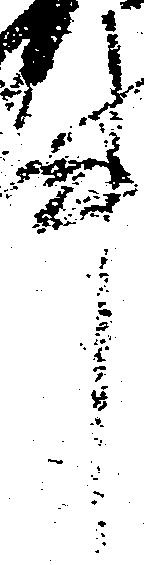
中